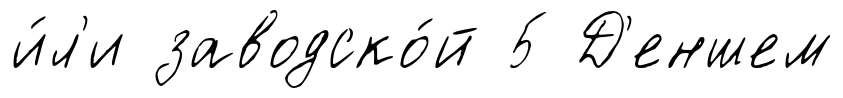
и́л'и заводско́й 5 Д'еншем